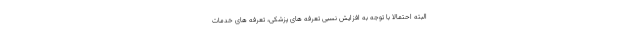
البته احتمالا با توجه به افزایش نسبی تعرفه های پزشکی، تعرفه های خدمات